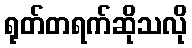
ရုတ်တရက်ဆိုသလို